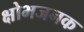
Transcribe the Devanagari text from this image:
क्षोभजनक